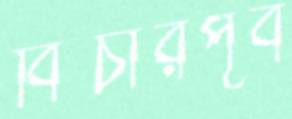
বিচারপূর্ব